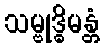
သမ္ဗုဒ္ဓိမန္တံ